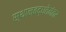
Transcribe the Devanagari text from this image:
स्थानबद्धतेनंतर